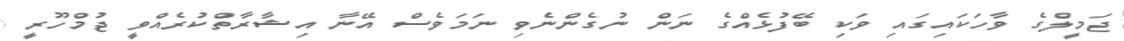
ޖަމީލްގެ ވާހަކައިގައި ވަކި ބޭފުޅެއްގެ ނަން ނުގެންނެވި ނަމަވެސް އޭނާ އިޝާރާތްކުރެއްވީ ޖުމްހޫރީ